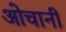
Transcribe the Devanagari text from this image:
ओचानी